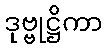
ဒုဗ္ဗုဋ္ဌိကာ